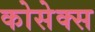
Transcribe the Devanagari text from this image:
कोसेक्स